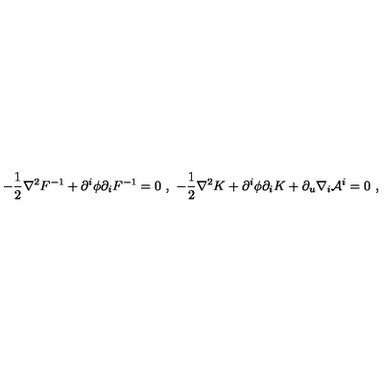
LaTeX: - { \frac { 1 } { 2 } } \nabla ^ { 2 } F ^ { - 1 } + \partial ^ { i } \phi \partial _ { i } F ^ { - 1 } = 0 \ , \ - { \frac { 1 } { 2 } } \nabla ^ { 2 } K + \partial ^ { i } \phi \partial _ { i } K + \partial _ { u } \nabla _ { i } { \cal A } ^ { i } = 0 \ ,